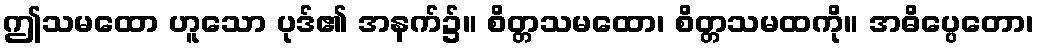
ဤသမထော ဟူသော ပုဒ်၏ အနက်၌။ စိတ္တသမထော၊ စိတ္တသမထကို။ အဓိပ္ပေတော၊